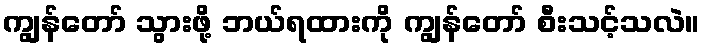
ကျွန်တော် သွားဖို့ ဘယ်ရထားကို ကျွန်တော် စီးသင့်သလဲ။